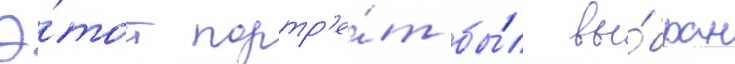
Э́тот портр'е́т бы́л вы́бран